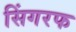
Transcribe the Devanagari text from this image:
सिंगरफ